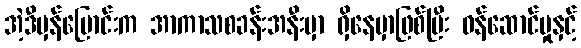
အဲ့ဒီမှန်ပြောင်းက အာကာသစခန်းအနီးမှာ ရှိနေမှာဖြစ်ပြီး ဝန်ဆောင်မှုနှင့်